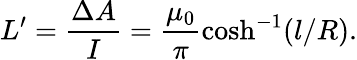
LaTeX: L^{\prime}=\frac{\Delta A}{I}=\frac{\mu_{0}}{\pi}\cosh^{-1}(l/R).